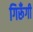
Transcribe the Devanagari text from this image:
गिरूँगी